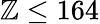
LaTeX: \mathbb{Z}\leq164